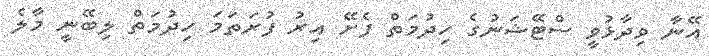
އޭނާ ވިދާޅުވީ ސްޓޭޝަނުގެ ހިދުމަތް ފެށޭ އިރު ފުރަތަމަ ހިދުމަތް ލިބޭނީ މާލެ